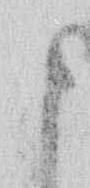
ま